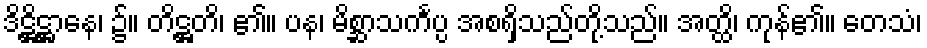
ဒိဋ္ဌိဋ္ဌာနေ၊ ၌။ တိဋ္ဌတိ၊ ၏။ ပန၊ မိစ္ဆာသင်္ကပ္ပ အစရှိသည်တို့သည်။ အတ္ထိ၊ ကုန်၏။ တေသံ၊